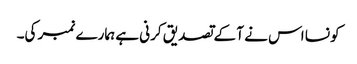
کونسا اس نے آ کے تصدیق کرنی ہے ہمارے نمبر کی۔